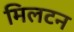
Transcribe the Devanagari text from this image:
मिलटन